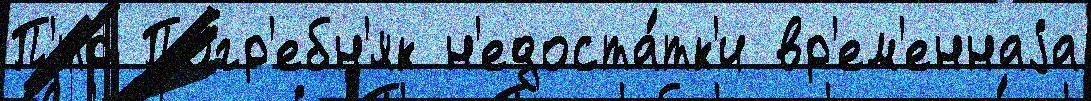
П'́тр Погр'ебн'як н'едоста́тк'и вр'ем'еннаjа